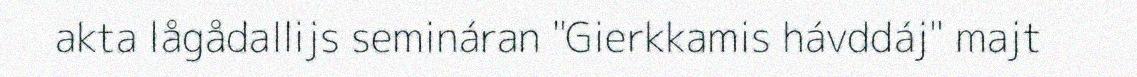
akta lågådallijs semináran "Gierkkamis hávddáj" majt